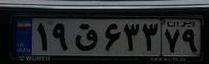
۱۹ق۶۳۳۷۹